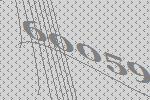
60059